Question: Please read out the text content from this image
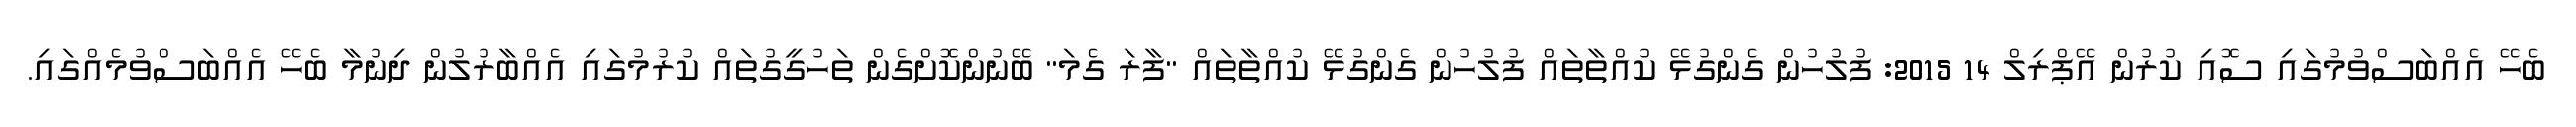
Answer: ބެހޭ އެއްބަސްވުމުގައި ސޮއި ކުރުން އޭޕްރިލް 14 2015: ފުލުހުން ގެންގުޅޭ ކުއްތާތައް ފުލުހުން ގެންގުޅޭ ކުއްތާތައް "ފާރަ ގެމަ" ބޭނުންކޮށްގެން ތަހުގީގުތައް ކުރުމުގައި އެއްބާރުލުން ދިނުމާ ބެހޭ އެއްބަސްވުމެއްގައި.